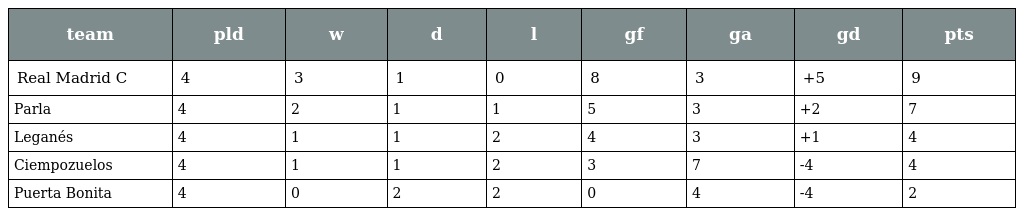
| team | pld | w | d | l | gf | ga | gd | pts |
 | --- | --- | --- | --- | --- | --- | --- | --- | --- |
 | Real Madrid C | 4 | 3 | 1 | 0 | 8 | 3 | +5 | 9 |
 | Parla | 4 | 2 | 1 | 1 | 5 | 3 | +2 | 7 |
 | Leganés | 4 | 1 | 1 | 2 | 4 | 3 | +1 | 4 |
 | Ciempozuelos | 4 | 1 | 1 | 2 | 3 | 7 | -4 | 4 |
 | Puerta Bonita | 4 | 0 | 2 | 2 | 0 | 4 | -4 | 2 |